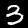
Label: 3